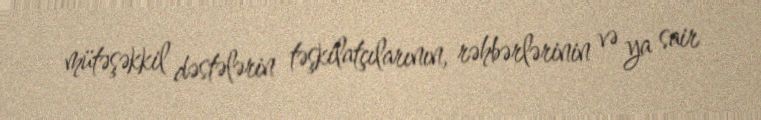
mütəşəkkil dəstələrin təşkilatçılarının, rəhbərlərinin və ya sair